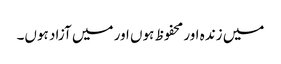
میں زندہ اور محفوظ ہوں اور میں آزاد ہوں۔